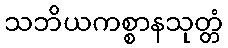
သဘိယကစ္စာနသုတ္တံ